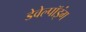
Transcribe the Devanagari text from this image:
डेवेल्पॉइंग